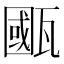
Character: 𤮋